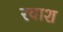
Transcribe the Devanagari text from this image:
रवाश